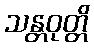
သန္တဝုတ္တိ